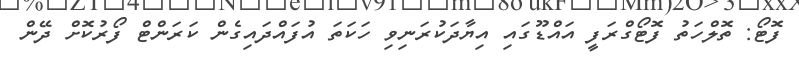
ފޮޓޯ: ތޮލްހަތު ފޮޓޯގްރަފީ އައްޑޫގައި އިޔާދަކުރަނިވި ހަކަތަ އުފައްދައިގެން ކަރަންޓް ފޯރުކޮށް ދޭން